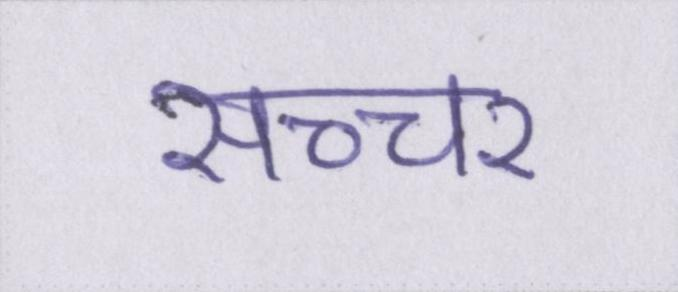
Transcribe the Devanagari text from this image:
सच्चर